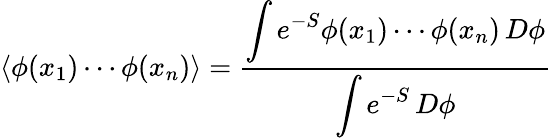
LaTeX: \left\langle\phi(x_{1})\cdots\phi(x_{n})\right\rangle={\frac{\displaystyle\int e^{-S}\phi(x_{1})\cdots\phi(x_{n})\, D\phi}{\displaystyle\int e^{-S}\, D\phi}}